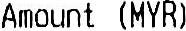
AMOUNT (RM)